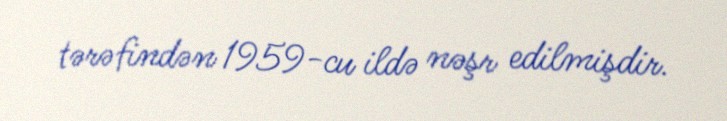
tərəfindən 1959-cu ildə nəşr edilmişdir.